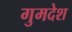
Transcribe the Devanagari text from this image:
गुमदेश